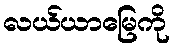
လယ်ယာမြေကို